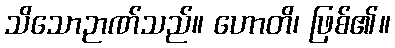
သိသောဉာဏ်သည်။ ဟောတိ၊ ဖြစ်၏။